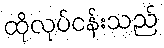
ထိုလုပ်ငန်းသည်